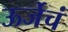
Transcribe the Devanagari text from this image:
ऊर्जेचं